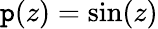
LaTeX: \mathtt{p}(z)=\sin(z)